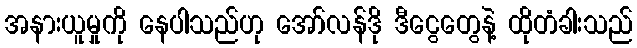
အနားယူမှုကို နေပါသည်ဟု အော်လန်ဒို ဒီငွေတွေနဲ့ ထိုတံခါးသည်